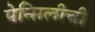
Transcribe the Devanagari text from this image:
पेन्सिलीची